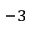
^ { - 3 }